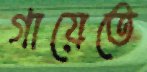
গায়েতে